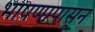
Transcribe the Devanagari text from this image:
भाषणापासून